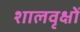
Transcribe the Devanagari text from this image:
शालवृक्षों